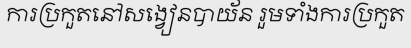
ការប្រកួតនៅសង្វៀនបាយ័ន រួមទាំងការប្រកួត